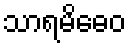
သာရမိဓေဝ